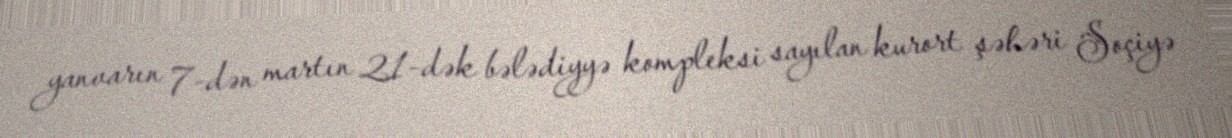
yanvarın 7-dən martın 21-dək bələdiyyə kompleksi sayılan kurort şəhəri Soçiyə